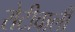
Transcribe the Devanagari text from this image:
रोटीवाली